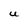
Character: U